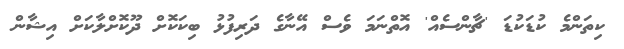
ކިތަންމެ ކުޑަކުޑަ 'ޗާންސެއް' އޮތްނަމަ ވެސް އޭނާގެ ދަރިފުޅު ބިކަކޮށް ދޫކޮށްލާކަށް އިޝާން